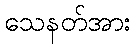
သေနတ်အား